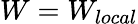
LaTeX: W=W_{local}